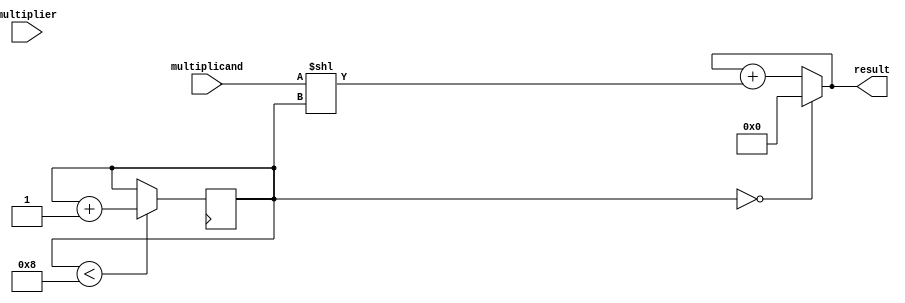
module ShiftAndAddMultiplier (
    input wire [7:0] multiplicand,
    input wire [7:0] multiplier,
    output reg [15:0] result
);

reg [7:0] partial_product;
reg [3:0] shift_count;

always @(*) begin
    partial_product = multiplicand << shift_count;
    result = (shift_count == 0) ? 0 : result + partial_product;
end

always @(posedge clk) begin
    if (shift_count < 8) begin
        shift_count <= shift_count + 1;
    end
end

endmodule